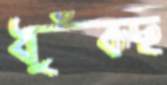
ধুঁকছ